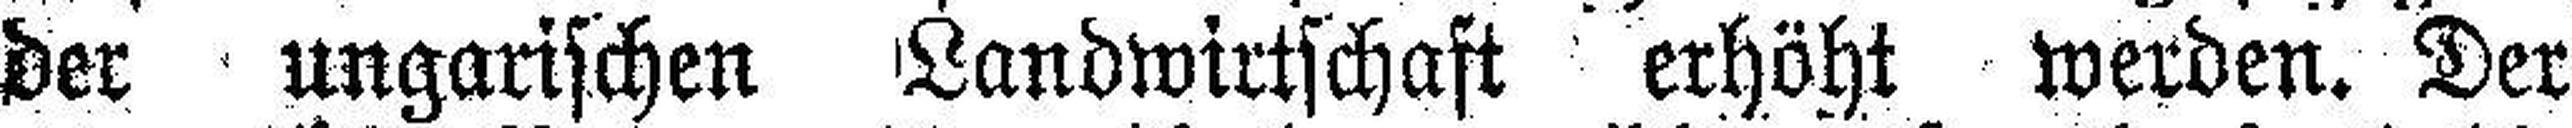
der ungarischen Landwirtschaft erhöht werden. Der